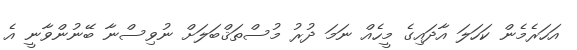
އަހަރެމެން ކަހަލަ އާދައިގެ މީހެއް ނަމަ ދުރު މުސްތަޤްބަލަށް ނުވިސްނާ ބޭނުންވާނީ އެ